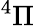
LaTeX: ^4\Pi